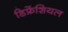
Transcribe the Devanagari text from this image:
डिफ्रेंशियल